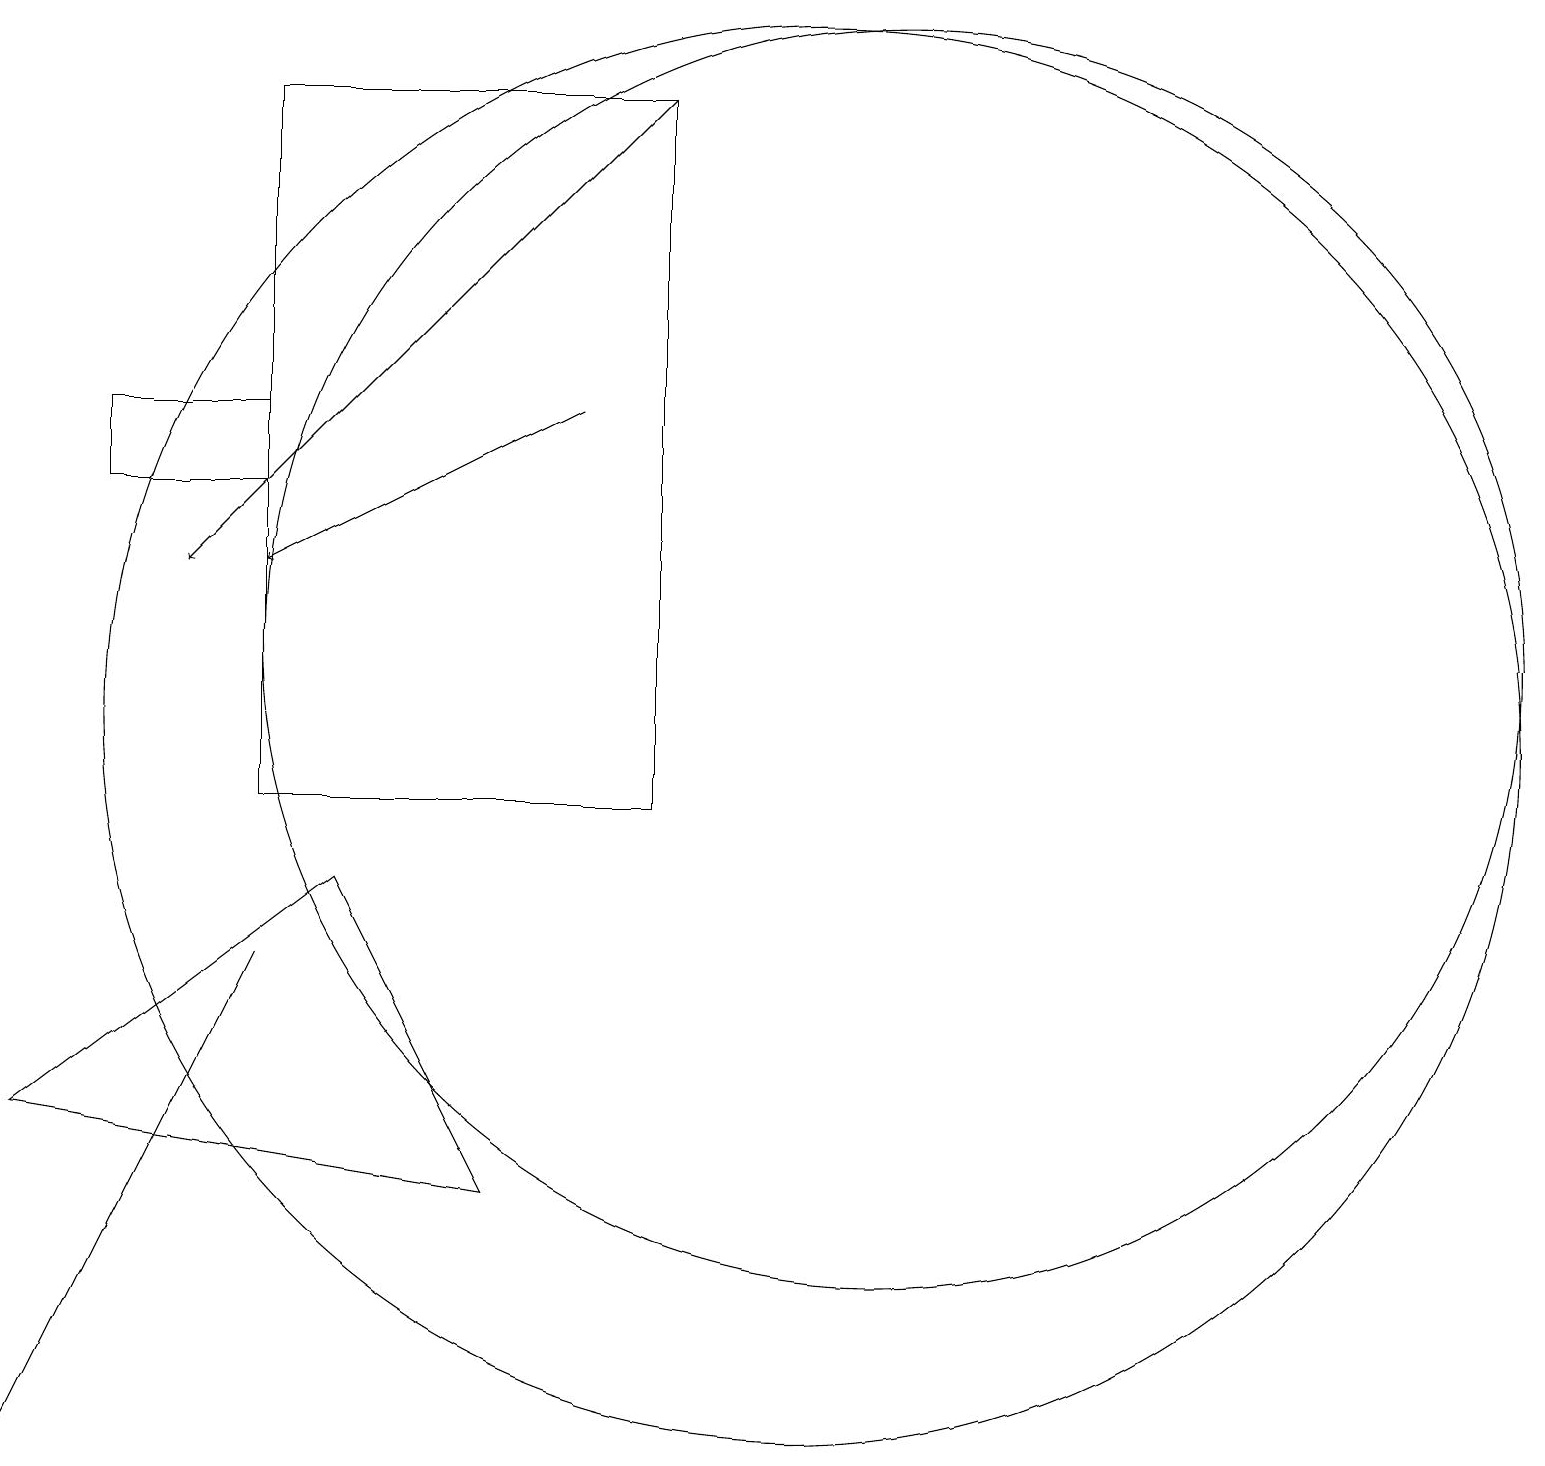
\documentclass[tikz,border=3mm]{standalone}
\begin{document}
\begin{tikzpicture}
\draw (1,6) -- (5,9) -- (7,5) -- cycle;
\draw (4,15) rectangle (2,14);
\draw (9,10) rectangle (4,19);
\draw[->] (8,15) -- (4,13);
\draw (12,12) circle (8);
\draw (11,11) circle (9);
\draw (2,4) -- (1,2) -- (4,8) -- cycle;
\draw[->] (9,19) -- (3,13);
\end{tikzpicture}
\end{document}